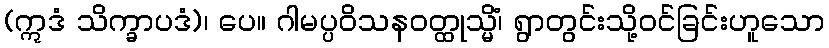
(ဣဒံ သိက္ခာပဒံ)၊ ပေ။ ဂါမပ္ပဝိသနဝတ္ထုသ္မိံ၊ ရွာတွင်းသို့ဝင်ခြင်းဟူသော